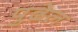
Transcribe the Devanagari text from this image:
पुढेल